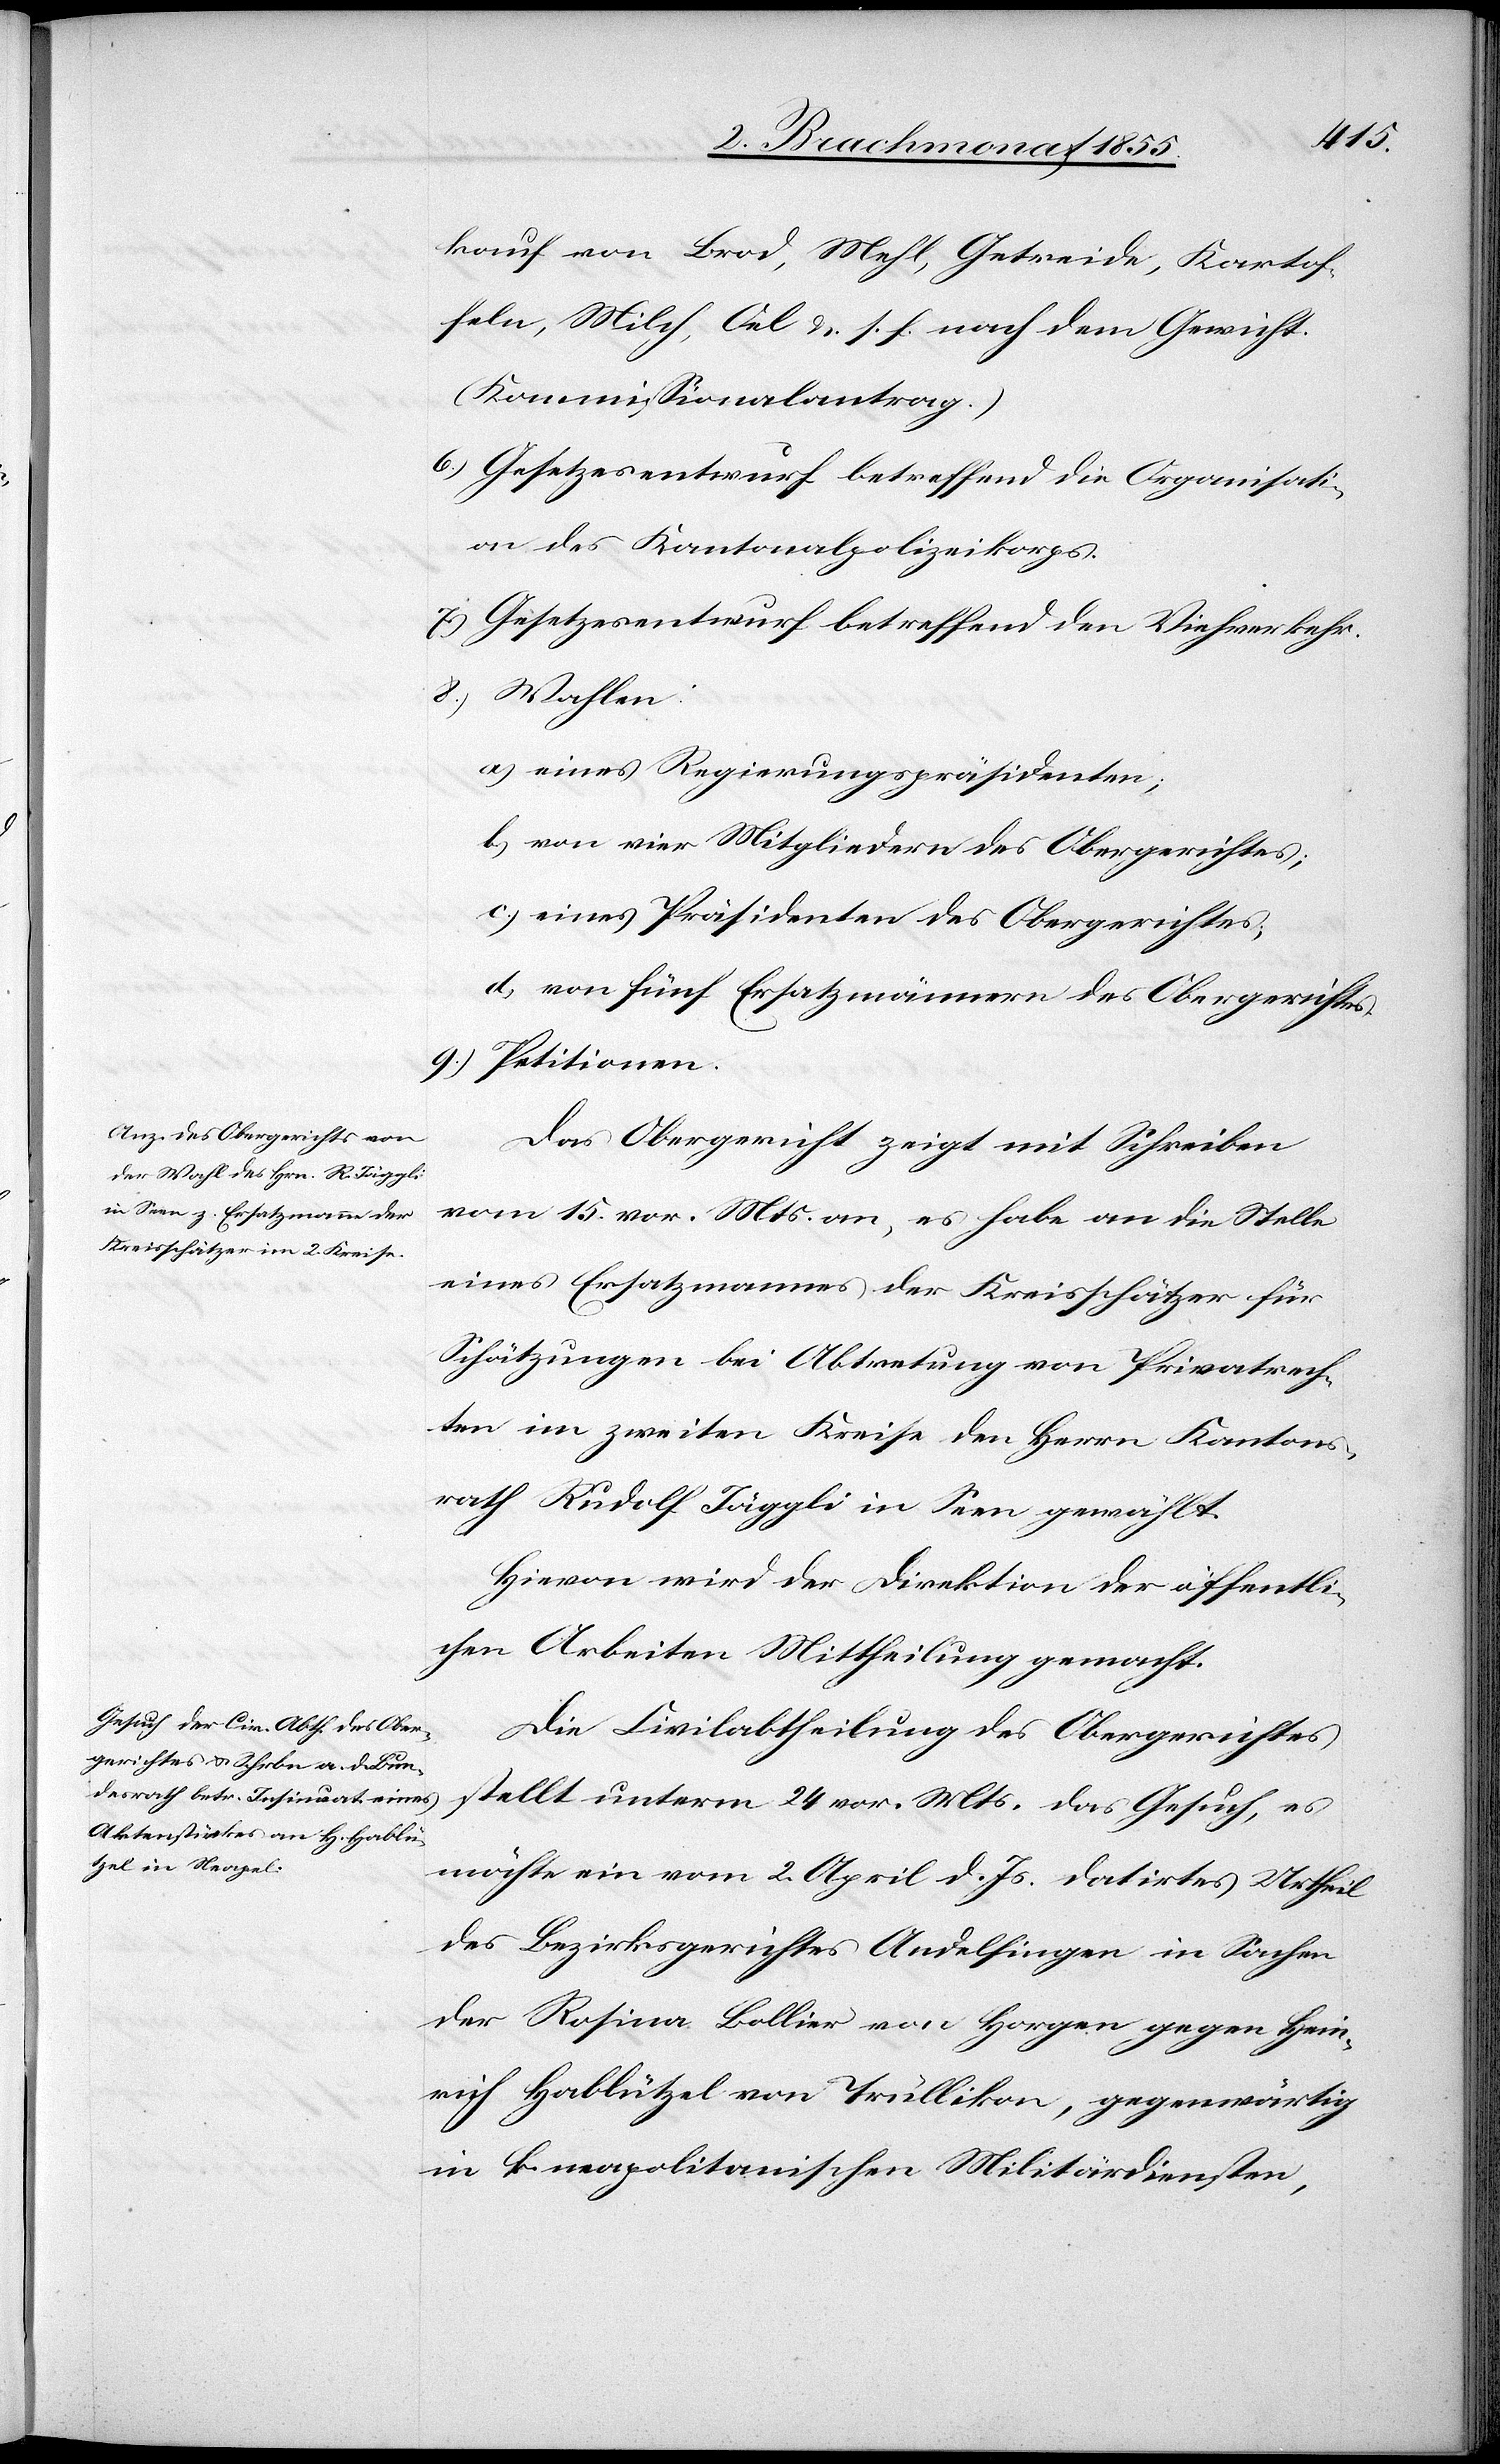
kauf von Brod, Mehl, Getreide, Kartof¬
feln, Milch, Oel &. s. f. nach dem Gewicht.
(Kommissionalantrag.)
Gesetzesentwurf betreffend die Organisati¬
on des Kantonalpolizeikorps.
Gesetzesentwurf betreffend den Viehverkehr.
Wahlen:
a) eines Regierungspräsidenten;
b) von vier Mitgliedern des Obergerichtes;
c.) eines Präsidenten des Obergerichtes;
d) von fünf Ersatzmännern des Obergerichtes.
Petitionen.
Das Obergericht zeigt mit Schreiben
vom 15. vor. Mts. an, es habe an die Stelle
eines Ersatzmannes der Kreisschätzer für
Schätzungen bei Abtretung von Privatrech¬
ten im zweiten Kreise den Herrn Kantons¬
rath Rudolf Jäggli in Seen gewählt.
Hievon wird der Direktion der öffentli¬
chen Arbeiten Mittheilung gemacht.
Die Civilabtheilung des Obergerichtes
stellt unterm 24 vor. Mts. das Gesuch, es
möchte ein vom 2. April d. Js. datirtes Urtheil
des Bezirksgerichtes Andelfingen in Sachen
der Rosina Bollier von Horgen gegen Hein¬
rich Hablützel von Trüllikon, gegenwärtig
in k. neapolitanischen Militärdiensten,